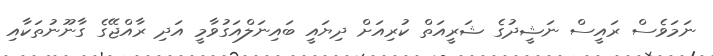
ނަމަވެސް ރައީސް ނަޝީދުގެ ޝަރީއަތް ކުރިއަށް ދިޔައީ ބައިނަލްއަގުވާމީ އަދި ރާއްޖޭގެ ގާނޫނުތަކާއި